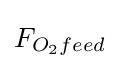
F_{O_{2}feed}